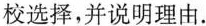
校选择，并说明理由.